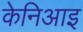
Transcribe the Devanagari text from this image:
केनिआइ